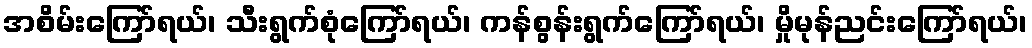
အစိမ်းကြော်ရယ်၊ သီးရွက်စုံကြော်ရယ်၊ ကန်စွန်းရွက်ကြော်ရယ်၊ မှိုမုန်ညင်းကြော်ရယ်၊